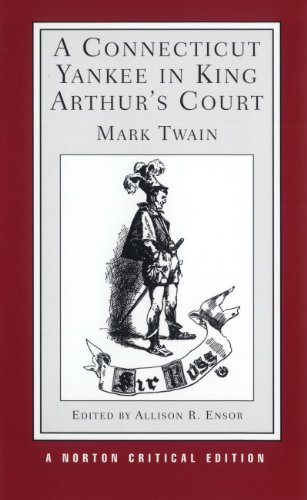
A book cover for A Connecticut Yankee in King Arthur's Court (Norton Critical Editions); Mark Twain; Science Fiction & Fantasy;